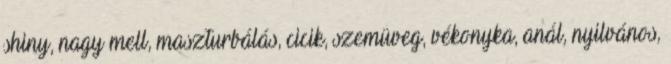
shiny, nagy mell, maszturbálás, cicik, szemüveg, vékonyka, anál, nyilvános,